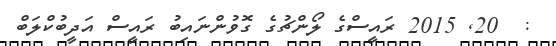
:  20